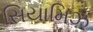
સિયામિઝ